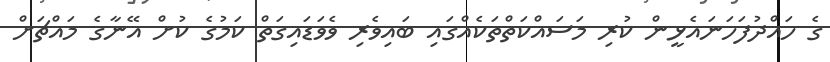
ގެ ހައްދުފަހަނައެޅީން ކުރި މަސައްކަތްތަކެއްގައި ބައިވެރި ވެވަޑައިގަތް ކަމުގެ ކުށް އޭނާގެ މައްޗަށް